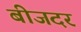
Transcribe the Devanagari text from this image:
बीजदर